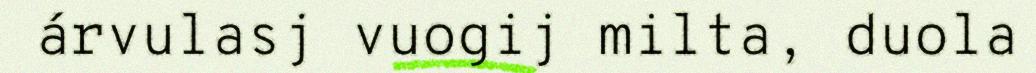
árvulasj vuogij milta, duola